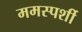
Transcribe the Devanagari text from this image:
ममस्पर्शी